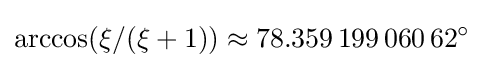
\arccos(\xi /(\xi +1))\approx 78.359\,199\,060\,62^{\circ }